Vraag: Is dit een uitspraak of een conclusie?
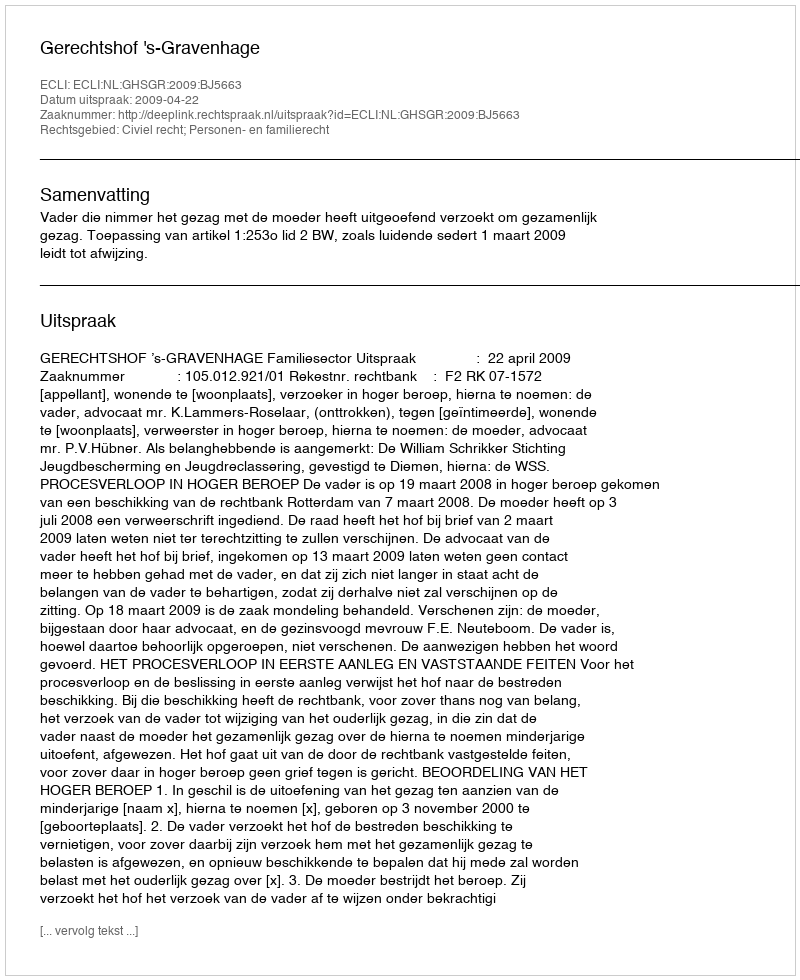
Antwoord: Uitspraak